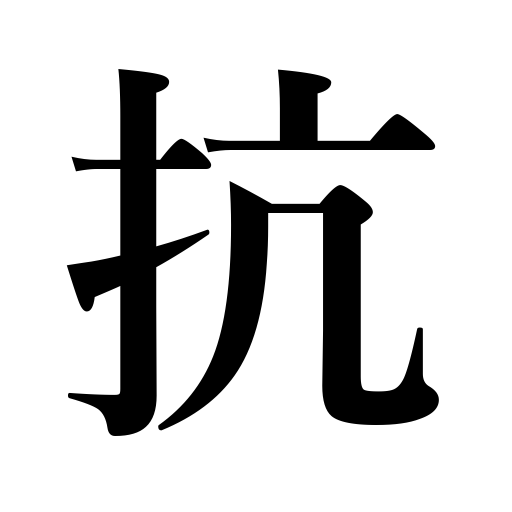
Meanings: resist,oppose,defy,antagonize